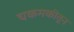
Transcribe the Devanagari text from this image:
चकमकीतून